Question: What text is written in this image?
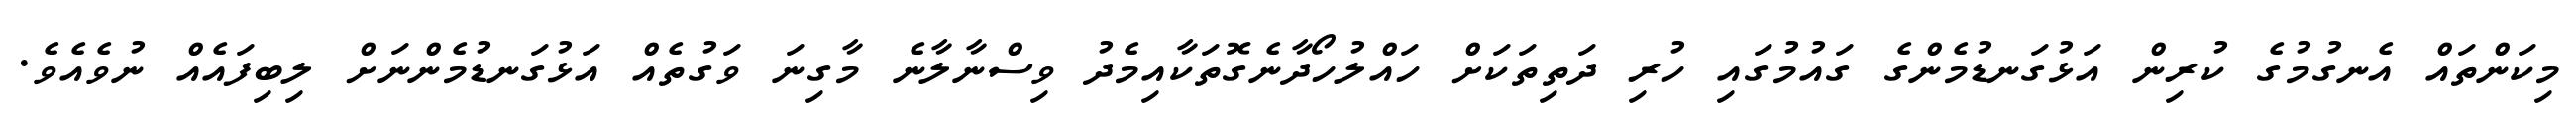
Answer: މިކަންތައް އެނގުމުގެ ކުރިން އަޅުގަނޑުމެންގެ ގައުމުގައި ހުރި ދަތިތަކަށް ހައްލުހޯދާނެގޮތަކާއިމެދު ވިސްނާލާނެ މާގިނަ ވަގުތެއް އަޅުގަނޑުމެންނަށް ލިބިފައެއް ނުވެއެވެ.